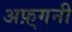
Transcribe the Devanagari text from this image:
अफ़्गनी